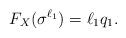
LaTeX: \begin{align*}F_X(\sigma^{\ell_1}) = \ell_1 q_1. \end{align*}